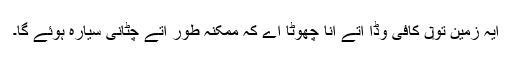
ایہ زمین تو‏ں کافی وڈا اُتے اِنّا چھوٹا اے کہ ممکنہ طور اُتے چٹانی سیارہ ہوئے گا۔